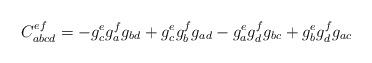
LaTeX: \begin{align*}C_{abcd}^{ef}=-g^e_cg^f_ag_{bd} + g^e_cg^f_bg_{ad} - g^e_ag^f_dg_{bc} + g^e_bg^f_dg_{ac}\end{align*}